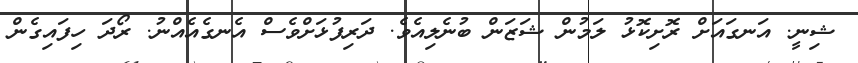
ޝިނީ. އަނގައަށް ރޮށިކޮޅު ލަމުން ޝަޒަން ބުނެލިއެވެ. ދަރިފުޅަށްވެސް އެނގެއެއްނު. ރޯދަ ހިފައިގެން